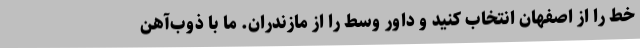
خط را از اصفهان انتخاب کنید و داور وسط را از مازندران. ما با ذوب‌آهن